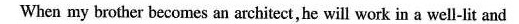
When my brother becomes an architect,he will work in a well-lit and